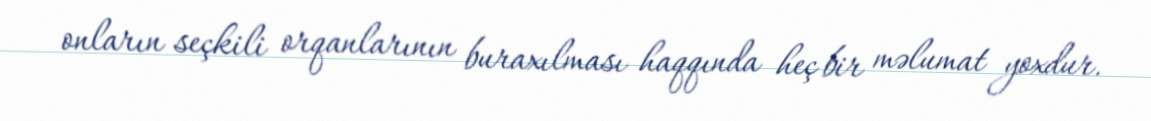
onların seçkili orqanlarının buraxılması haqqında heç bir məlumat yoxdur.